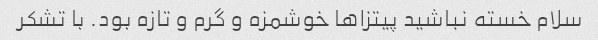
سلام خسته نباشید پیتزاها خوشمزه و گرم و تازه بود. با تشکر